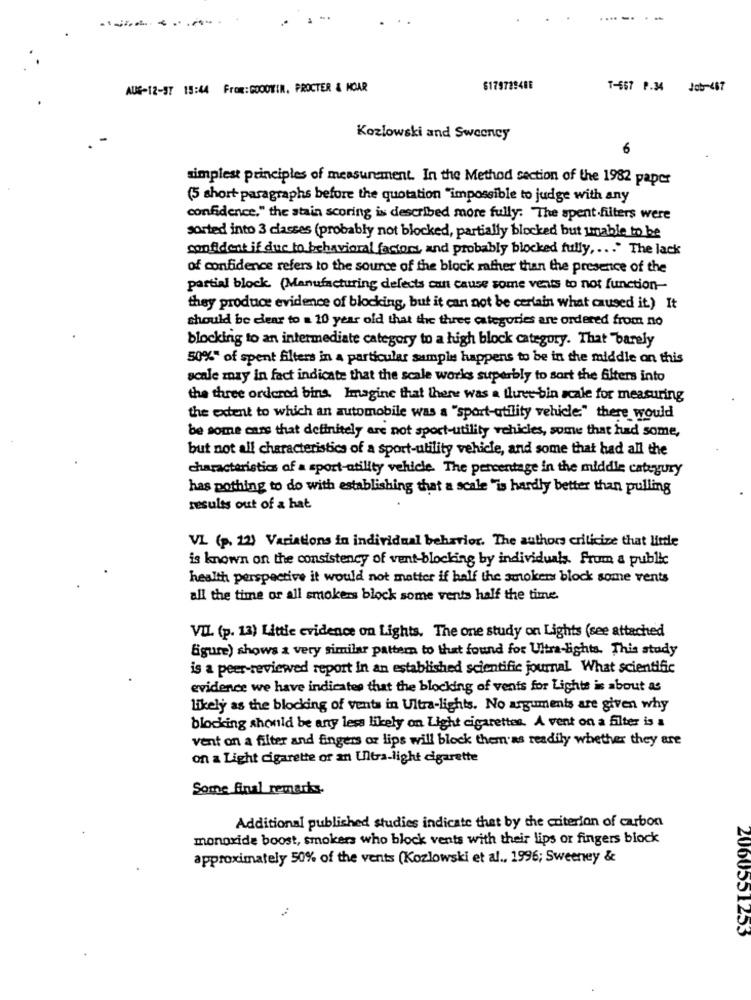
---------
AUG-12-37 15:44 From: GOODWIN, PROCTER & HOAR
$179729488
T-667 P.34 Job-467
Kozlowski and Sweeney
6
simplest principles of measurement. In the Method section of the 1982 paper
(5 short paragraphs before the quotation "impossible to judge with any
confidence," the stain scoring is described more fully: The spent filters were
sorted into 3 classes (probably not blocked, partially blocked but unable to be
confident if due to behavioral factors, and probably blocked fully ,... The lack
of confidence refers to the source of the block rather than the presence of the
partial block (Manufacturing defects can cause some vents to not function-
they produce evidence of blocking, but it can not be certain what caused it) It
should be clear to = 10 year old that the three categories aree ordered from no
blocking to an intermediate category to a high block category. That "barely
50%" of spent filters in a particular sample happens to be in the middle on this
scale may in fact indicate that the scale works superbly to sort the filters into
the three ordered bins. Imagine that there was a three bin scale for measuring
the extent to which an automobile was a "sport-utility vehicle:" there would
be some cars that definitely are not sport-utility vehicles, some that had some,
but not all characteristics of a sport-utility vehicle, and some that had all the
characteristics of a sport-utility vehicle. The percentage in the middle cateyury
has pothing to do with establishing that a scale "is hardly better than pulling
results out of a hat
VL (p. 12) Variations in individual behavior. The authors criticize that little
is known on the consistency of vent-blocking by individuals. from a public
health perspective it would not matter if half the smoker block some vents
all the time or all smokers block some vents half the time.
VI. (p. 13) Little evidence on Lights. The one study on Lights (see attached
figure) shows a very similar pattern to that found for Ultra-lights. This study
is a peer-reviewed report in an established scientific journal. What scientific
evidence we have indicates that the blocking of vents for Lights is about as
likely as the blocking of vents in Ultra-lights. No arguments are given why
blocking should be any less likely on Light cigarettes. A vent on a filter is a
vent on a filter and fingers or lips will block them'as readily whether they are
on a Light cigarette or an Ultra-light cigarette
Some final remarks-
Additional published studies indicate that by the criterion of carbon
monoxide boost, smokers who block vents with their lips or fingers block
approximately 50% of the vents (Kozlowski et al ., 1996; Sweeney &
2060551253